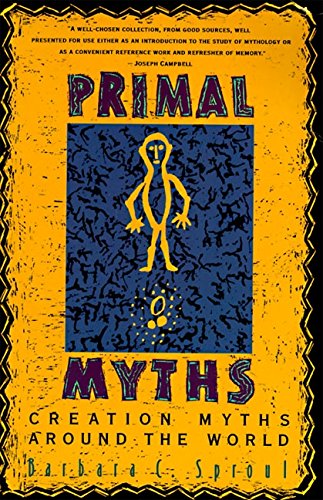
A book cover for Primal Myths: Creation Myths Around the World; Barbara C. Sproul; Reference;